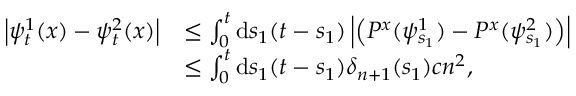
\begin{array} { r l } { \left| \psi _ { t } ^ { 1 } ( x ) - \psi _ { t } ^ { 2 } ( x ) \right| } & { \leq \int _ { 0 } ^ { t } \mathrm { d } s _ { 1 } ( t - s _ { 1 } ) \left| \left( P ^ { x } ( \psi _ { s _ { 1 } } ^ { 1 } ) - P ^ { x } ( \psi _ { s _ { 1 } } ^ { 2 } ) \right) \right| } \\ & { \leq \int _ { 0 } ^ { t } \mathrm { d } s _ { 1 } ( t - s _ { 1 } ) \delta _ { n + 1 } ( s _ { 1 } ) c n ^ { 2 } , } \end{array}